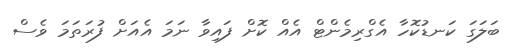
ބަލަގަ ކަނޑުކޮހާ އެގްރިމެންޓް އެއް ކޮށް ފައިވާ ނަމަ އެއަށް ފުރަތަމަ ވެސް